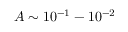
A \sim 1 0 ^ { - 1 } - 1 0 ^ { - 2 }